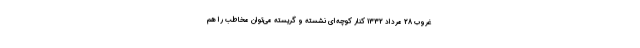
غروب 28 مرداد 1332 کنار کوچه‌ای نشسته و گریسته می‌توان مخاطب را هم